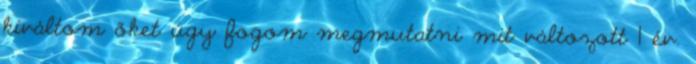
kiváltom őket úgy fogom megmutatni mit változott 1 év.